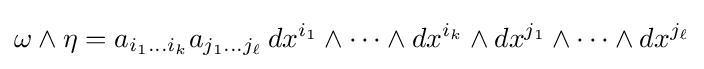
\omega \wedge \eta =a_{i_{1}\ldots i_{k}}a_{j_{1}\ldots j_{\ell }}\,dx^{i_{1}}\wedge \cdots \wedge dx^{i_{k}}\wedge dx^{j_{1}}\wedge \cdots \wedge dx^{j_{\ell }}